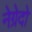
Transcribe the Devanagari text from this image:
नेग्रेदो